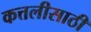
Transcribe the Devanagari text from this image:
कत्तलीसाठी